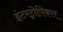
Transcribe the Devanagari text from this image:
इंटरट्रोपिकल